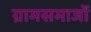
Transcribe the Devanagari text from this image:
ग्रामसमाजों